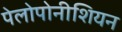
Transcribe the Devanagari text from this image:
पेलोपोनीशियन